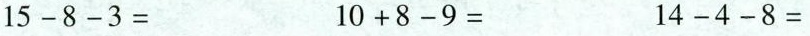
$$1 5 - 8 - 3 =$$ $$1 0 + 8 - 9 =$$ $$1 4 - 4 - 8 =$$